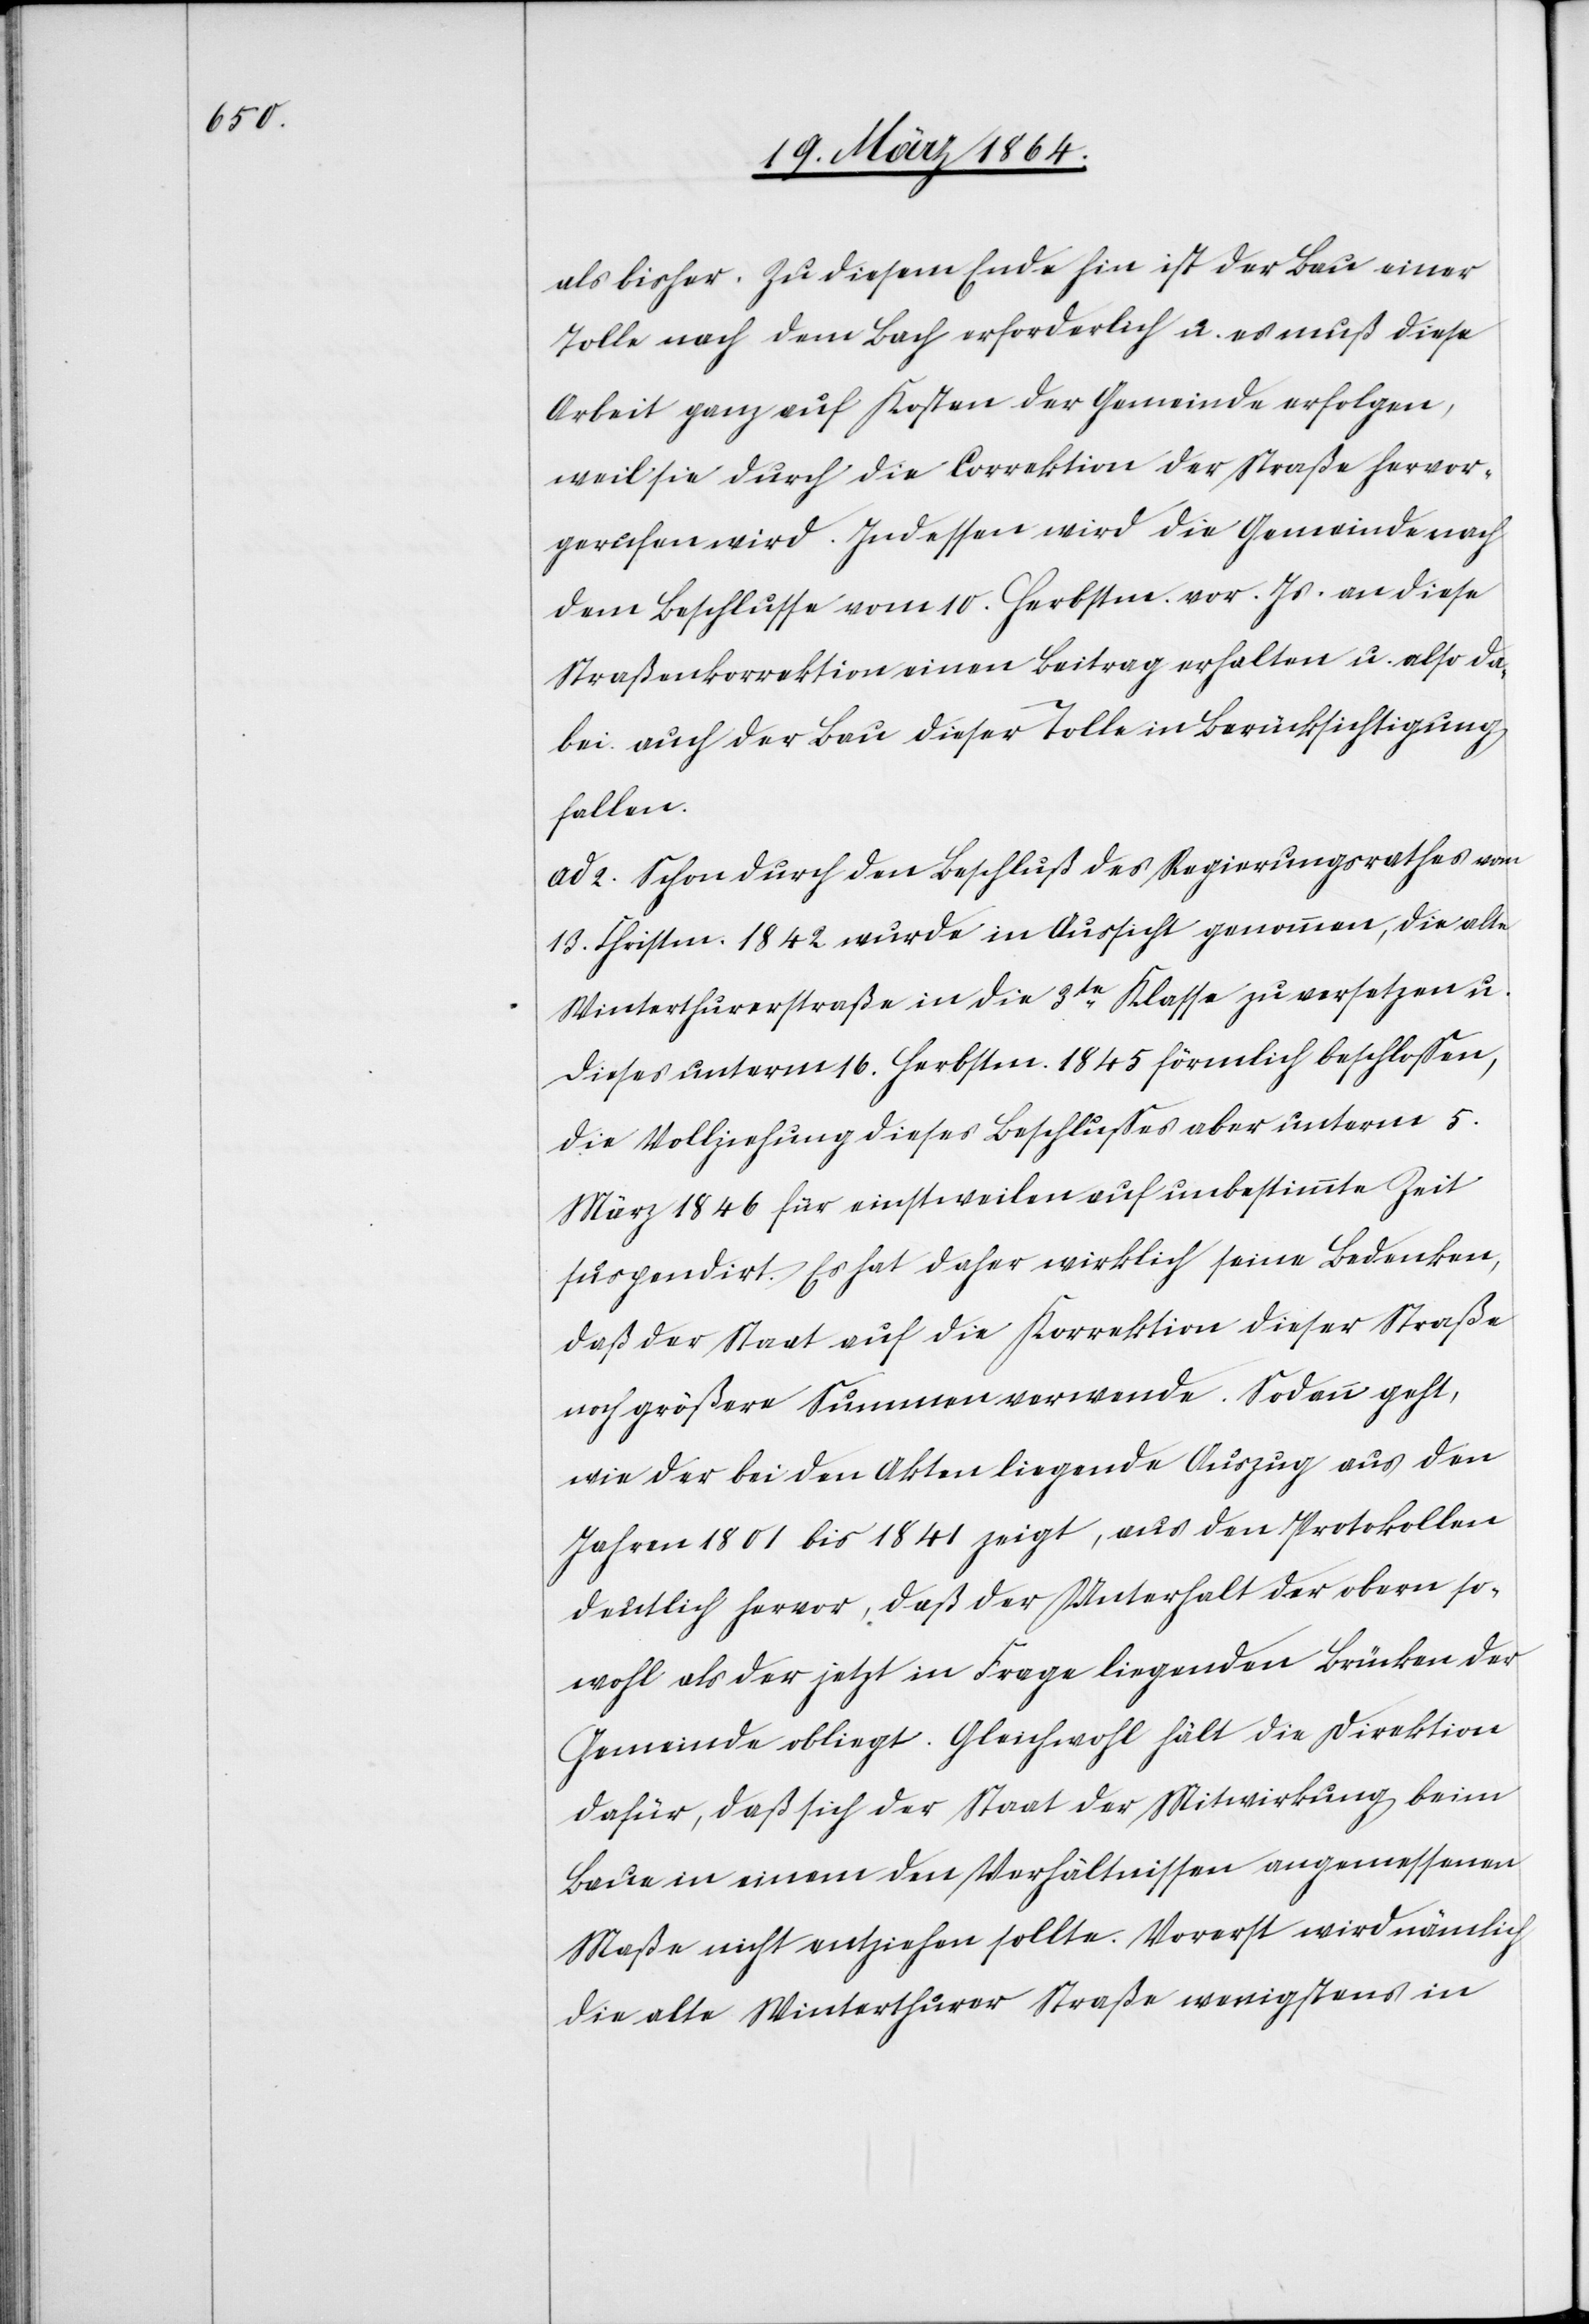
als bisher. Zu diesem Ende hin ist der Bau einer
Tolle nach dem Bach erforderlich u. es muß diese
Arbeit ganz auf Kosten der Gemeinde erfolgen,
weil sie durch die Correktion der Straße hervor¬
gerufen wird. Indessen wird die Gemeinde nach
dem Beschlusse vom 10. Herbstm. vor. Js. an diese
Straßenkorrektion einen Beitrag erhalten u. also da¬
bei auch der Bau dieser Tolle in Berücksichtigung
fallen.
ad 2. Schon durch den Beschluß des Regierungsrathes vom
13. Christm. 1842 wurde in Aussicht genommen, die alte
Winterthurerstraße in die 3te Klasse zu versetzen u.
dieses unterm 16. Herbstm. 1845 förmlich beschlossen,
die Vollziehung dieses Beschlusses aber unterm 5.M¬
ärz 1846 für einstweilen auf unbestimmte Zeit
suspendirt. Es hat daher wirklich seine Bedenken,
daß der Staat auf die Korrektion dieser Straße
noch größere Summen verwende. Sodann geht,
wie der bei den Akten liegende Auszug aus den
Jahren 1801 bis 1841 zeigt, aus den Protokollen
deutlich hervor, daß der Unterhalt der obern so¬
wohl als der jetzt in Frage liegenden Brücken der
Gemeinde obliegt. Gleichwohl hält die Direktion
dafür, daß sich der Staat der Mitwirkung beim
Baue in einem den Verhältnissen angemessenen
Maße nicht entziehen sollte. Vorerst wird nämlich
die alte Winterthurer Straße wenigstens in